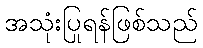
အသုံးပြုရန်ဖြစ်သည်